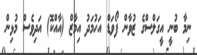
ނިމާ ބުނީ އީގަލްސްގެ ޒުވާން ފޯވަޑް އަހުމަދު އިމާޒް (އާއްކޮ) އަދިވެސް މުޅިން